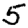
Digit: 5